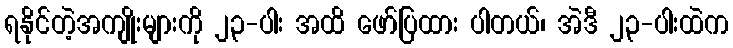
ရနိုင်တဲ့အကျိုးများကို ၂၃-ပါး အထိ ဖော်ပြထား ပါတယ်၊ အဲဒီ ၂၃-ပါးထဲက